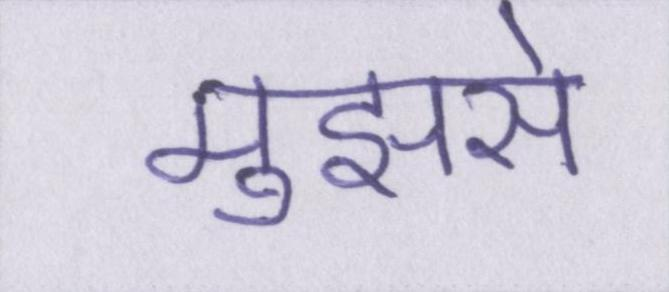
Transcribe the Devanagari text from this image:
मुझसे